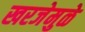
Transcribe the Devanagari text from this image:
खरजेमुळे